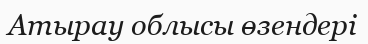
Атырау облысы өзендері